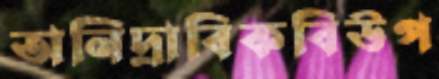
অনিদ্রাবিকবিউপ